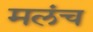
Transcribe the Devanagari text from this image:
मलंच